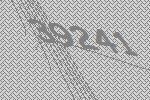
39241